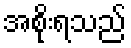
အစိုးရသည်